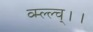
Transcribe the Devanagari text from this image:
व्म्ल्ल्च्।।